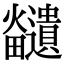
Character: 𪺊